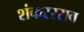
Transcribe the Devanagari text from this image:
शंकररराव